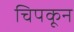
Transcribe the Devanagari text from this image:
चिपकून